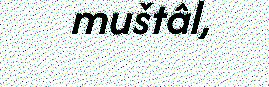
muštâl,